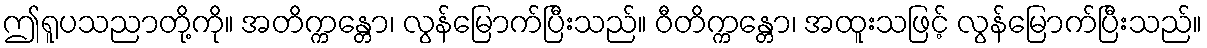
ဤရူပသညာတို့ကို။ အတိက္ကန္တော၊ လွန်မြောက်ပြီးသည်။ ဝီတိက္ကန္တော၊ အထူးသဖြင့် လွန်မြောက်ပြီးသည်။